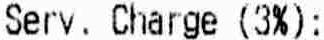
SERV. CHARGE (3%):